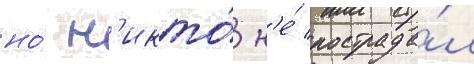
но́ н'икто́ н'е́ пострада́л